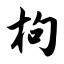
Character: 枸